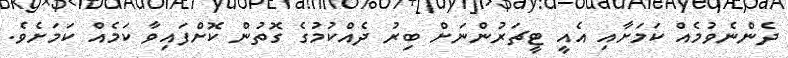
ދެންނެވުމެއް ކަމަށާއި އެއީ ޓީޗަރުންނަށް ބިރު ދެއްކުމުގެ ގޮތުން ކޮށްފައިވާ ކަމެއް ކަަމަށެވެ.